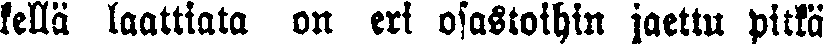
kellä laattiata on eri osastoihin jaettu pitkä